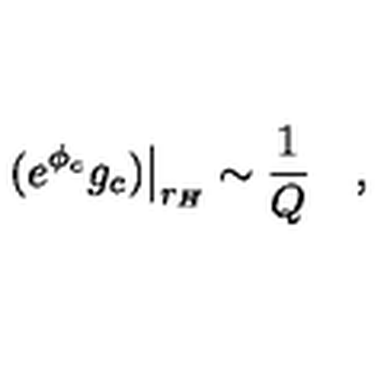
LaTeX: \left. ( e ^ { \phi _ { c } } g _ { c } ) \right| _ { r _ { H } } \sim { \frac { 1 } { Q } } \quad ,